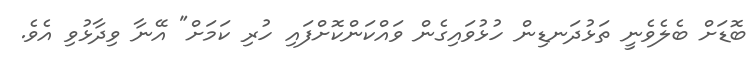
ބޮޑަށް ބެލެވެނީ ތަޅުދަނޑިން ހުޅުވައިގެން ވައްކަންކޮށްފައި ހުރި ކަމަށް" އޭނާ ވިދާޅުވި އެވެ.